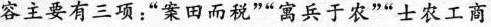
容主要有三项：”案田而税””寓兵于农””士农工商